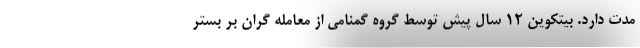
مدت دارد. بیتکوین ۱۲ سال پیش توسط گروه گمنامی از معامله گران بر بستر